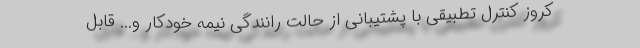
کروز کنترل تطبیقی با پشتیبانی از حالت رانندگی نیمه خودکار و... قابل